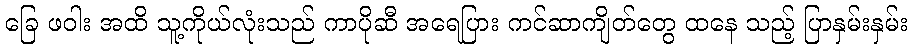
ခြေ ဖဝါး အထိ သူ့ကိုယ်လုံးသည် ကာပိုဆီ အရေပြား ကင်ဆာကျိတ်တွေ ထနေ သည့် ပြာနှမ်းနှမ်း